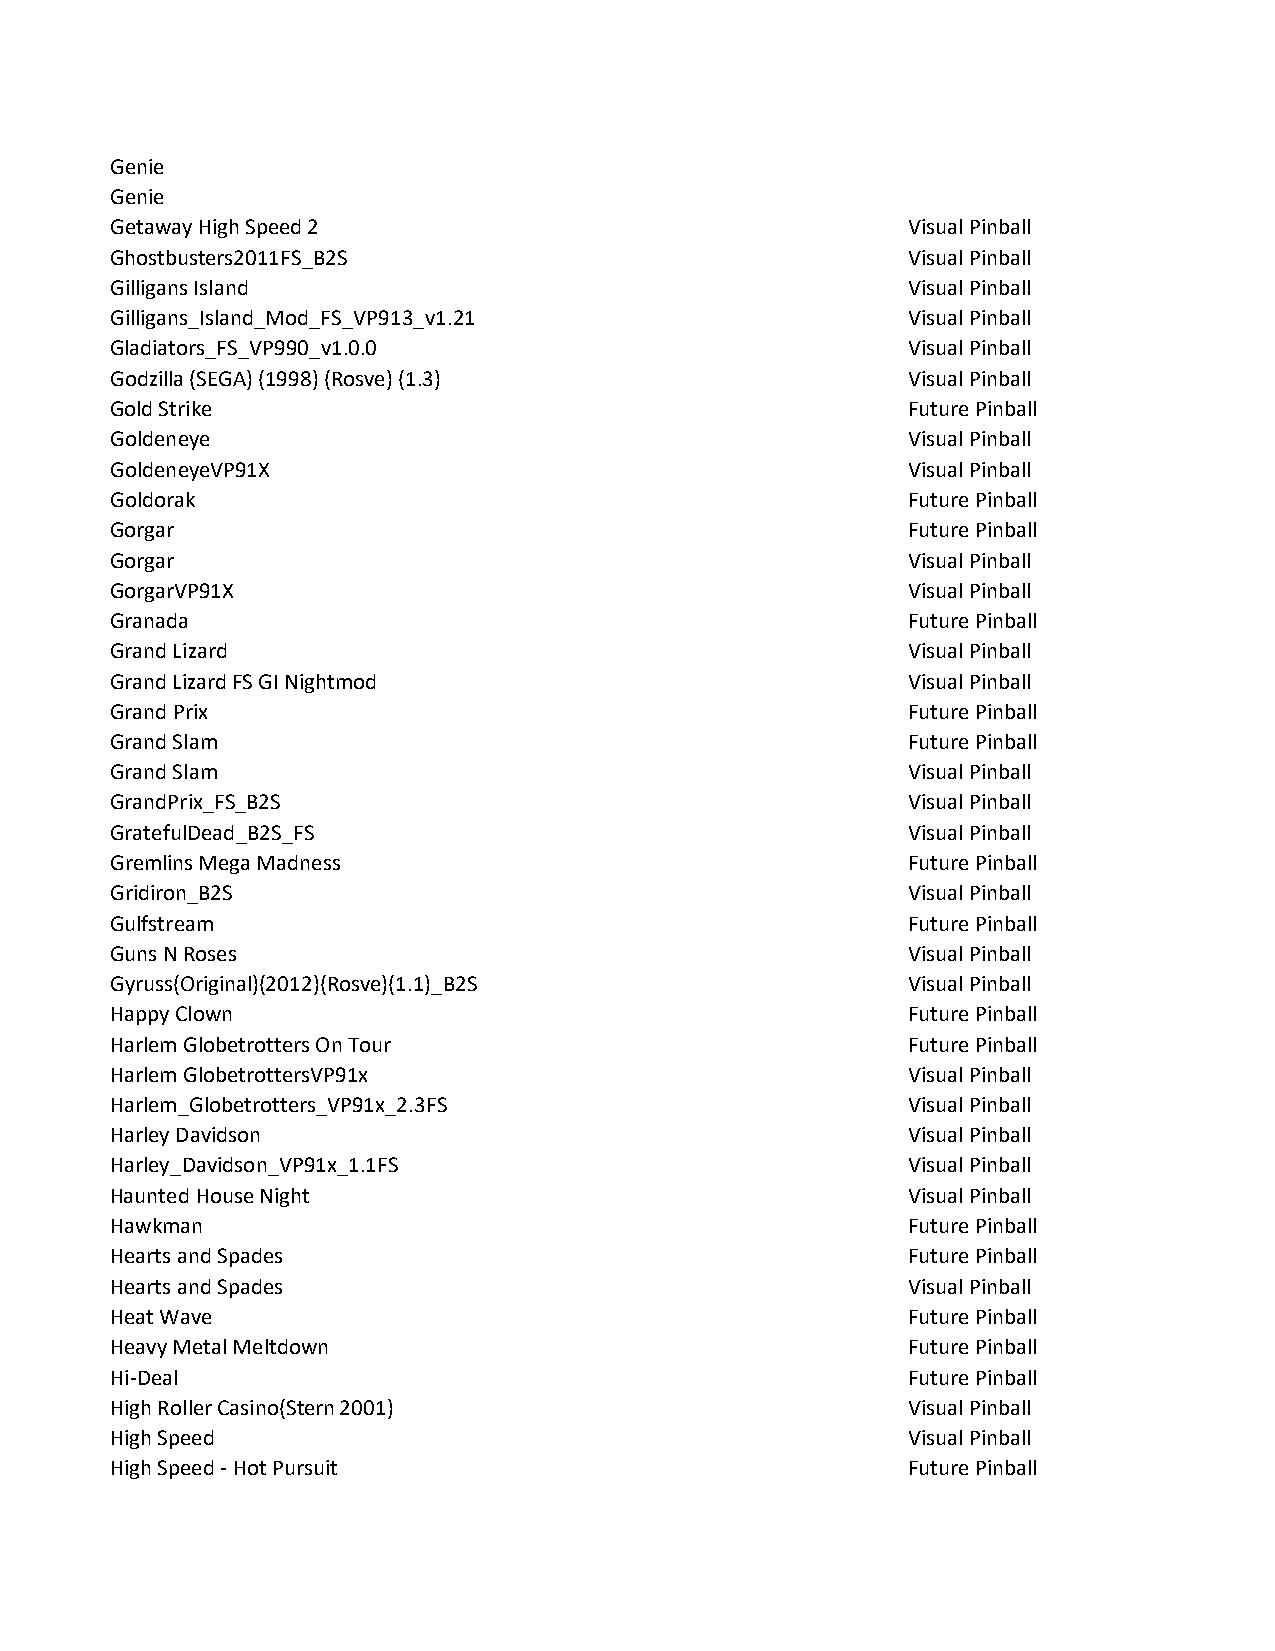
Genie
 Genie
 Getaway High Speed 2                                 Visual Pinball
 Ghostbusters2011FS_B2S                               Visual Pinball
 Gilligans Island                                     Visual Pinball
 Gilligans_Island_Mod_FS_VP913_v1.21                  Visual Pinball
 Gladiators_FS_VP990_v1.0.0                           Visual Pinball
 Godzilla (SEGA) (1998) (Rosve) (1.3)                 Visual Pinball
 Gold Strike                                          Future Pinball
 Goldeneye                                            Visual Pinball
 GoldeneyeVP91X                                       Visual Pinball
 Goldorak                                             Future Pinball
 Gorgar                                               Future Pinball
 Gorgar                                               Visual Pinball
 GorgarVP91X                                          Visual Pinball
 Granada                                              Future Pinball
 Grand Lizard                                         Visual Pinball
 Grand Lizard FS GI Nightmod                          Visual Pinball
 Grand Prix                                           Future Pinball
 Grand Slam                                           Future Pinball
 Grand Slam                                           Visual Pinball
 GrandPrix_FS_B2S                                     Visual Pinball
 GratefulDead_B2S_FS                                  Visual Pinball
 Gremlins Mega Madness                                Future Pinball
 Gridiron_B2S                                         Visual Pinball
 Gulfstream                                           Future Pinball
 Guns N Roses                                         Visual Pinball
 Gyruss(Original)(2012)(Rosve)(1.1)_B2S               Visual Pinball
 Happy Clown                                          Future Pinball
 Harlem Globetrotters On Tour                         Future Pinball
 Harlem GlobetrottersVP91x                            Visual Pinball
 Harlem_Globetrotters_VP91x_2.3FS                     Visual Pinball
 Harley Davidson                                      Visual Pinball
 Harley_Davidson_VP91x_1.1FS                          Visual Pinball
 Haunted House Night                                  Visual Pinball
 Hawkman                                              Future Pinball
 Hearts and Spades                                    Future Pinball
 Hearts and Spades                                    Visual Pinball
 Heat Wave                                            Future Pinball
 Heavy Metal Meltdown                                 Future Pinball
 Hi-Deal                                              Future Pinball
 High Roller Casino(Stern 2001)                       Visual Pinball
 High Speed                                           Visual Pinball
 High Speed - Hot Pursuit                             Future Pinball